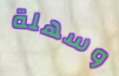
وسهلة